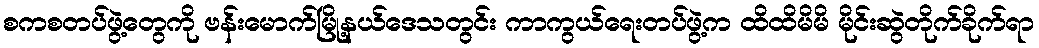
စကစတပ်ဖွဲ့တွေကို ဗန်းမောက်မြို့နယ်ဒေသတွင်း ကာကွယ်ရေးတပ်ဖွဲ့က ထိထိမိမိ မိုင်းဆွဲတိုက်ခိုက်ရာ